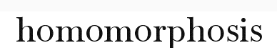
homomorphosis